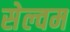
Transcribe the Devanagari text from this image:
सेल्वम